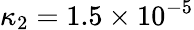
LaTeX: \kappa_{2}=1.5\times 10^{-5}